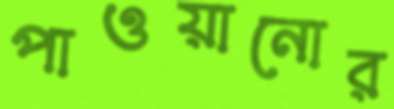
পাওয়ানোর